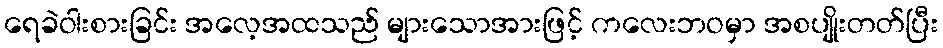
ရေခဲဝါးစားခြင်း အလေ့အထသည် များသောအားဖြင့် ကလေးဘဝမှာ အစပျိုးတတ်ပြီး